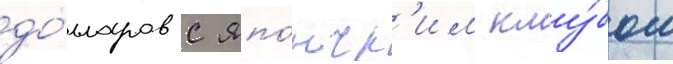
до́лларов с япо́нск'им клу́бом